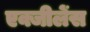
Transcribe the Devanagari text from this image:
एक्जीलेंस